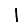
Digit: 1